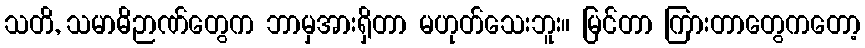
သတိ, သမာဓိဉာဏ်တွေက ဘာမှအားရှိတာ မဟုတ်သေးဘူး။ မြင်တာ ကြားတာတွေကတော့